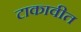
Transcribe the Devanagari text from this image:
टाकावीत